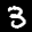
Label: 3